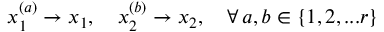
x _ { 1 } ^ { ( a ) } \rightarrow x _ { 1 } , \quad x _ { 2 } ^ { ( b ) } \rightarrow x _ { 2 } , \quad \forall \, a , b \in \{ 1 , 2 , . . . r \}